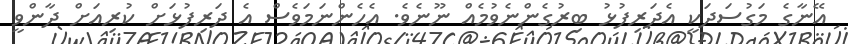
އޭނާގެ މަގުސަދަކީ އެދަރިފުޅު ބިރުގެންނެވުމެއް ނޫނެވެ. އެހެންނަމަވެސް އެ ދަރިފުޅަށް ކުރިއަށް ދާންވީ